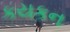
કયકન